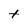
Character: t